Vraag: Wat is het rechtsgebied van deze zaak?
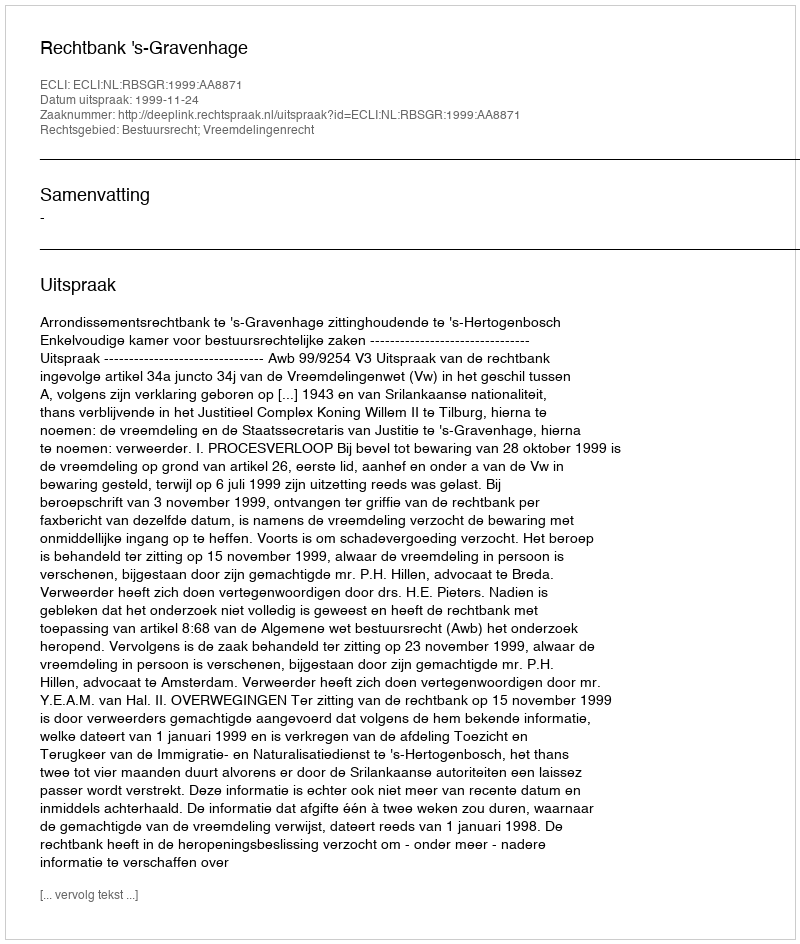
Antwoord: Bestuursrecht; Vreemdelingenrecht